Plague in India, 1896, 1897 - Volume 1
Year: 1896
Disease focus: Plague
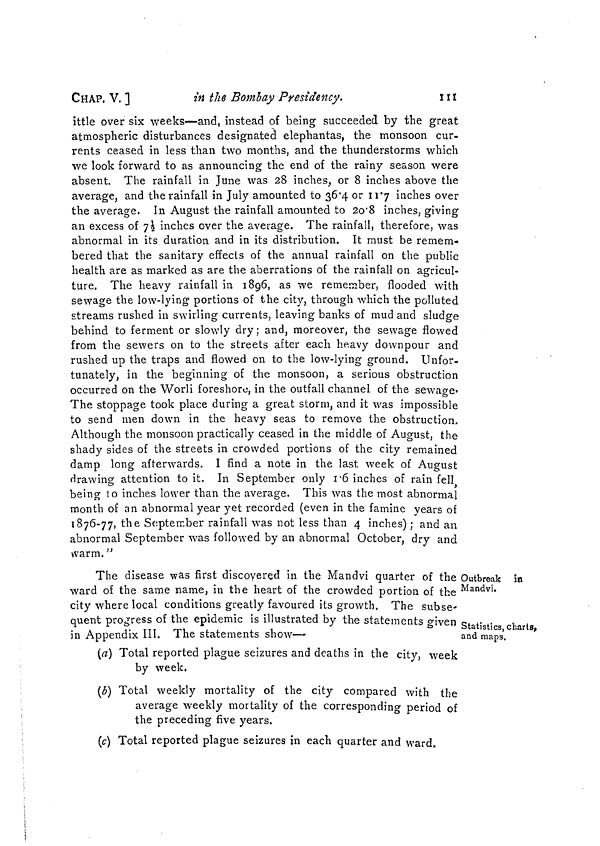
CHAP, V. ]
in the Bombay Presidency.
111
ittle over six weeks—and, instead of being succeeded by the great
atmospheric disturbances designated elephantas, the monsoon cur-
rents ceased in less than two months, and the thunderstorms which
we look forward to as announcing the end of the rainy season were
absent. The rainfall in June was 28 inches, or 8 inches above the
average, and the rainfall in July amounted to 36 4 or 11 7 inches over
the average. In August the rainfall amounted to 20 8 inches, giving
an excess of 7½ inches over the average. The rainfall, therefore, was
abnormal in its duration and in its distribution. It must be remem-
bered that the sanitary effects of the annual rainfall on the public
health are as marked as are the aberrations of the rainfall on agricul-
ture. The heavy rainfall in 1896, as we remember, flooded with
sewage the low-lying portions of the city, through which the polluted
streams rushed in swirling currents, leaving banks of mud and sludge
behind to ferment or slowly dry; and, moreover, the sewage flowed
from the sewers on to the streets after each heavy downpour and
rushed up the traps and flowed on to the low-lying ground. Unfor-
tunately, in the beginning of the monsoon, a serious obstruction
occurred on the Worli foreshore, in the outfall channel of the sewage-
D
The stoppage took place during a great storm, and it was impossible
to send men down in the heavy seas to remove the obstruction.
Although the monsoon practically ceased in the middle of August, the
shady sides of the streets in crowded portions of the city remained
damp long afterwards. I find a note in the last week of August
drawing attention to it. In September only 1 6 inches of rain fell
being 10 inches lower than the average. This was the most abnormal
month of an abnormal year yet recorded (even in the famine years of
1876-77, the September rainfall was not less than 4 inches) ; and an
abnormal September was followed by an abnormal October, dry and
warm. "
Outbreak in
Mandvi.
Statistics, charts,
and maps.
The disease was first discovered in the Mandvi quarter of the
ward of the same name, in the heart of the crowded portion of the
city where local conditions greatly favoured its growth. The subse-
quent progress of the epidemic is illustrated by the statements given
in Appendix III. The statements show-—
(a) Total reported plague seizures and deaths in the city, week
by week.
(b) Total weekly mortality of the city compared with the
average weekly mortality of the corresponding period of
the preceding five years.
(c) Total reported plague seizures in each quarter and ward.